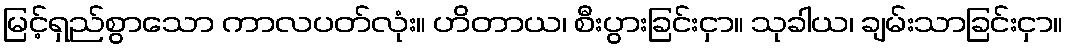
မြင့်ရှည်စွာသော ကာလပတ်လုံး။ ဟိတာယ၊ စီးပွားခြင်းငှာ။ သုခါယ၊ ချမ်းသာခြင်းငှာ။